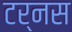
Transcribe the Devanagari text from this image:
टर्नस